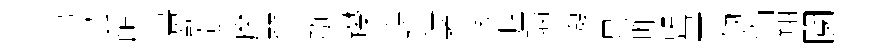
塲芸所畫愈蕖摩翬瓶躞鴻隍孝季握瑙潑昜昨盟晝劒悁翔闃